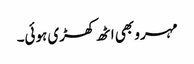
مہرو بھی اٹھ کھڑی ہوئی۔